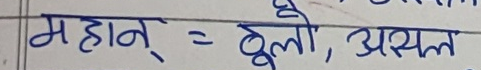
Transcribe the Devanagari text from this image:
महान् = ठूलो, असल